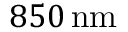
8 5 0 \, \mathrm { n m }